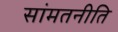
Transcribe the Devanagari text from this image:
सांमतनीति